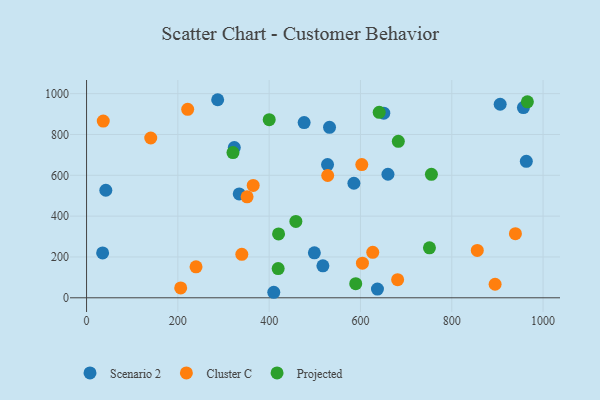
{"axis": {"x": "Price", "y": "Sales"}, "legend": ["Cluster C", "Projected", "Scenario 2"], "data": [{"x": "42.2", "y": 526.7, "type": "Scenario 2"}, {"x": "476.6", "y": 858.4, "type": "Scenario 2"}, {"x": "517.7", "y": 156.6, "type": "Scenario 2"}, {"x": "410.1", "y": 27.0, "type": "Scenario 2"}, {"x": "963.3", "y": 668.5, "type": "Scenario 2"}, {"x": "956.9", "y": 931.8, "type": "Scenario 2"}, {"x": "660.2", "y": 605.2, "type": "Scenario 2"}, {"x": "323.6", "y": 735.9, "type": "Scenario 2"}, {"x": "906.0", "y": 948.2, "type": "Scenario 2"}, {"x": "499.0", "y": 220.2, "type": "Scenario 2"}, {"x": "287.2", "y": 970.3, "type": "Scenario 2"}, {"x": "35.2", "y": 220.0, "type": "Scenario 2"}, {"x": "585.6", "y": 561.2, "type": "Scenario 2"}, {"x": "651.1", "y": 904.4, "type": "Scenario 2"}, {"x": "334.4", "y": 508.9, "type": "Scenario 2"}, {"x": "532.2", "y": 835.3, "type": "Scenario 2"}, {"x": "637.2", "y": 42.9, "type": "Scenario 2"}, {"x": "527.9", "y": 652.8, "type": "Scenario 2"}, {"x": "681.4", "y": 88.6, "type": "Cluster C"}, {"x": "604.3", "y": 169.8, "type": "Cluster C"}, {"x": "221.5", "y": 923.1, "type": "Cluster C"}, {"x": "602.9", "y": 652.7, "type": "Cluster C"}, {"x": "894.9", "y": 66.2, "type": "Cluster C"}, {"x": "528.2", "y": 599.2, "type": "Cluster C"}, {"x": "365.0", "y": 550.6, "type": "Cluster C"}, {"x": "626.9", "y": 222.9, "type": "Cluster C"}, {"x": "855.9", "y": 231.9, "type": "Cluster C"}, {"x": "206.2", "y": 48.1, "type": "Cluster C"}, {"x": "939.4", "y": 314.0, "type": "Cluster C"}, {"x": "239.8", "y": 151.7, "type": "Cluster C"}, {"x": "351.6", "y": 494.4, "type": "Cluster C"}, {"x": "340.1", "y": 212.9, "type": "Cluster C"}, {"x": "36.6", "y": 865.9, "type": "Cluster C"}, {"x": "140.6", "y": 782.7, "type": "Cluster C"}, {"x": "420.6", "y": 313.0, "type": "Projected"}, {"x": "682.9", "y": 766.7, "type": "Projected"}, {"x": "751.1", "y": 244.7, "type": "Projected"}, {"x": "965.6", "y": 959.9, "type": "Projected"}, {"x": "320.7", "y": 711.4, "type": "Projected"}, {"x": "641.0", "y": 908.8, "type": "Projected"}, {"x": "755.4", "y": 604.7, "type": "Projected"}, {"x": "589.6", "y": 68.9, "type": "Projected"}, {"x": "419.7", "y": 142.9, "type": "Projected"}, {"x": "458.5", "y": 374.2, "type": "Projected"}, {"x": "400.1", "y": 872.5, "type": "Projected"}]}